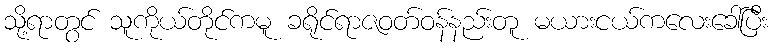
သို့ရာတွင် သူကိုယ်တိုင်ကမူ ခရိုင်ရာဇဝတ်ဝန်နည်းတူ မယားငယ်ကလေးခေါ်ပြီး